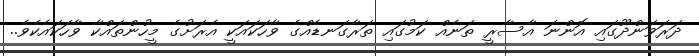
ދަރަވަންދޫގައި އޮންނަ އާސާރީ ތަނެއް ކަމުގައި ތަރާގަނޑެއްގެ ވާހަކައަކީ އެރަށުގެ މީހުންތައްކާ ވާހަކައެކެވެ..